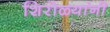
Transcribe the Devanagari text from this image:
शिरोळ्यांनी